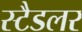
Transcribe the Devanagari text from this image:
स्टैडलर